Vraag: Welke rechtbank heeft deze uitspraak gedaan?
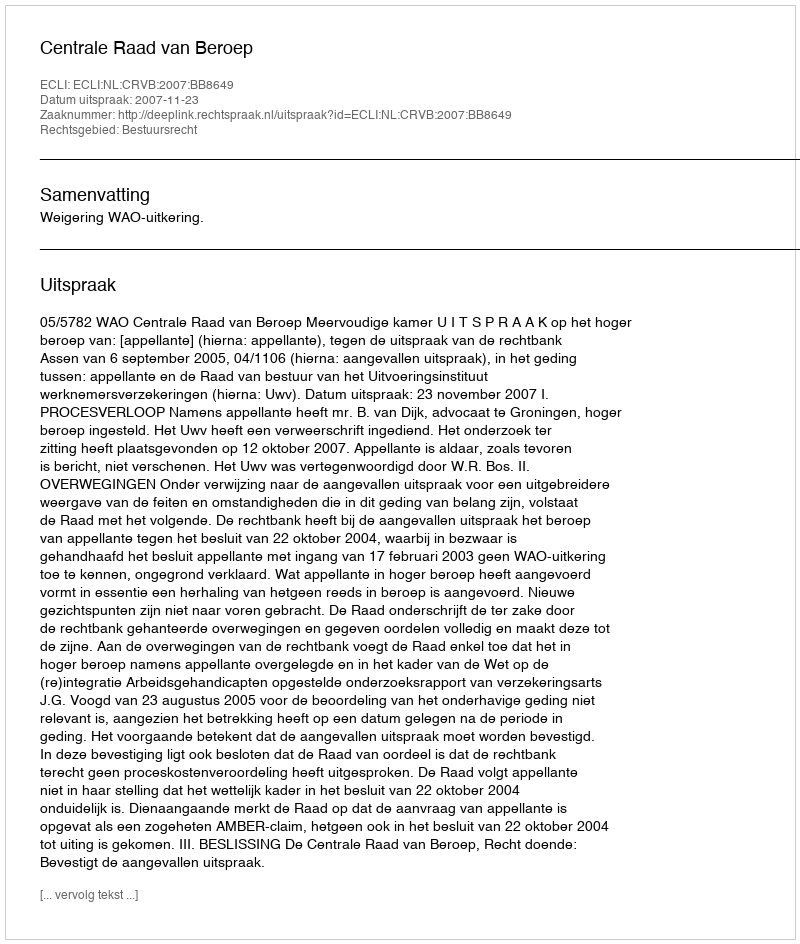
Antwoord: Centrale Raad van Beroep